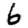
Digit: 6